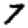
Digit: 7